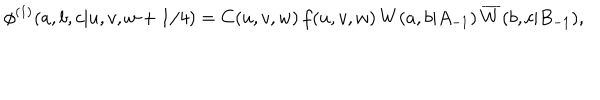
\phi ^ { ( 1 ) } ( a , b , c | u , v , w + 1 / 4 ) = C ( u , v , w ) \, f ( u , v , w ) \, W ( a , b | A _ { - 1 } ) \, \overline { { { W } } } ( b , c | B _ { - 1 } ) ,